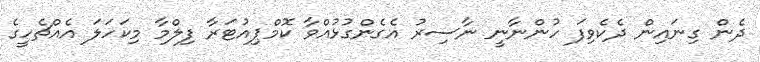
ދެން ގިނައިން ދެކެވިފަ ހުންނާނީ ނާސިރު އެގެންގުޅުއްވާ ކޮމްޕިއުޓަރާ ފިލްމާ މިކަހަލަ އެއްޗެހީގެ